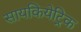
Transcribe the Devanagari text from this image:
सायकियेट्रिक